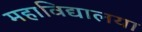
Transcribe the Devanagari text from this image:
महाविद्यालया